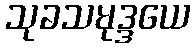
သုခသမုဒ္ဒယေ